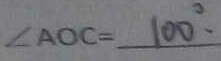
\angle A O C = 1 0 0 ^ { \circ } .